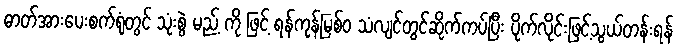
ဓာတ်အားပေးစက်ရုံတွင် သုံးစွဲ မည့် ကို ဖြင့် ရန်ကုန်မြစ်ဝ သံလျင်တွင်ဆိုက်ကပ်ပြီး ပိုက်လိုင်းဖြင့်သွယ်တန်းရန်